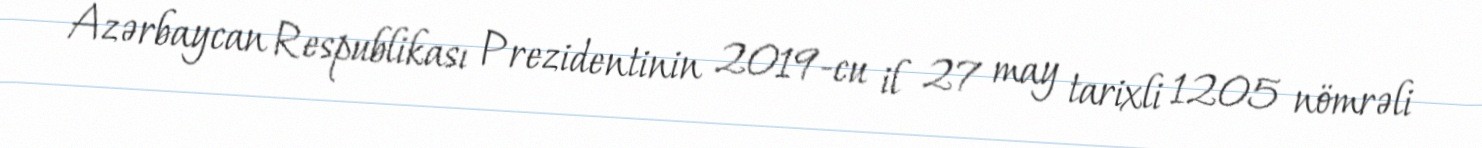
Azərbaycan Respublikası Prezidentinin 2019-cu il 27 may tarixli 1205 nömrəli